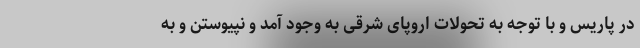
در پاریس و با توجه به تحولات اروپای شرقی به وجود آمد و نپیوستن و به